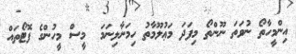
އިންމީހާތޯ ނުވަތަ ނޫންތޯ މިފަދަ މަޢުލޫމާތު ހިމަނާލިނަމަ  މީސް މީހުންގެ ފޮޓޯތައް